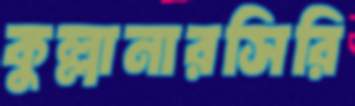
কুল্লানারসিরি